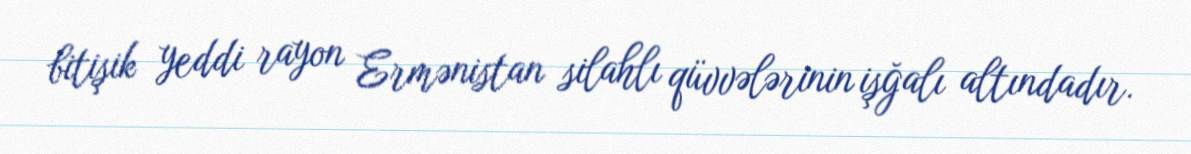
bitişik yeddi rayon Ermənistan silahlı qüvvələrinin işğalı altındadır.